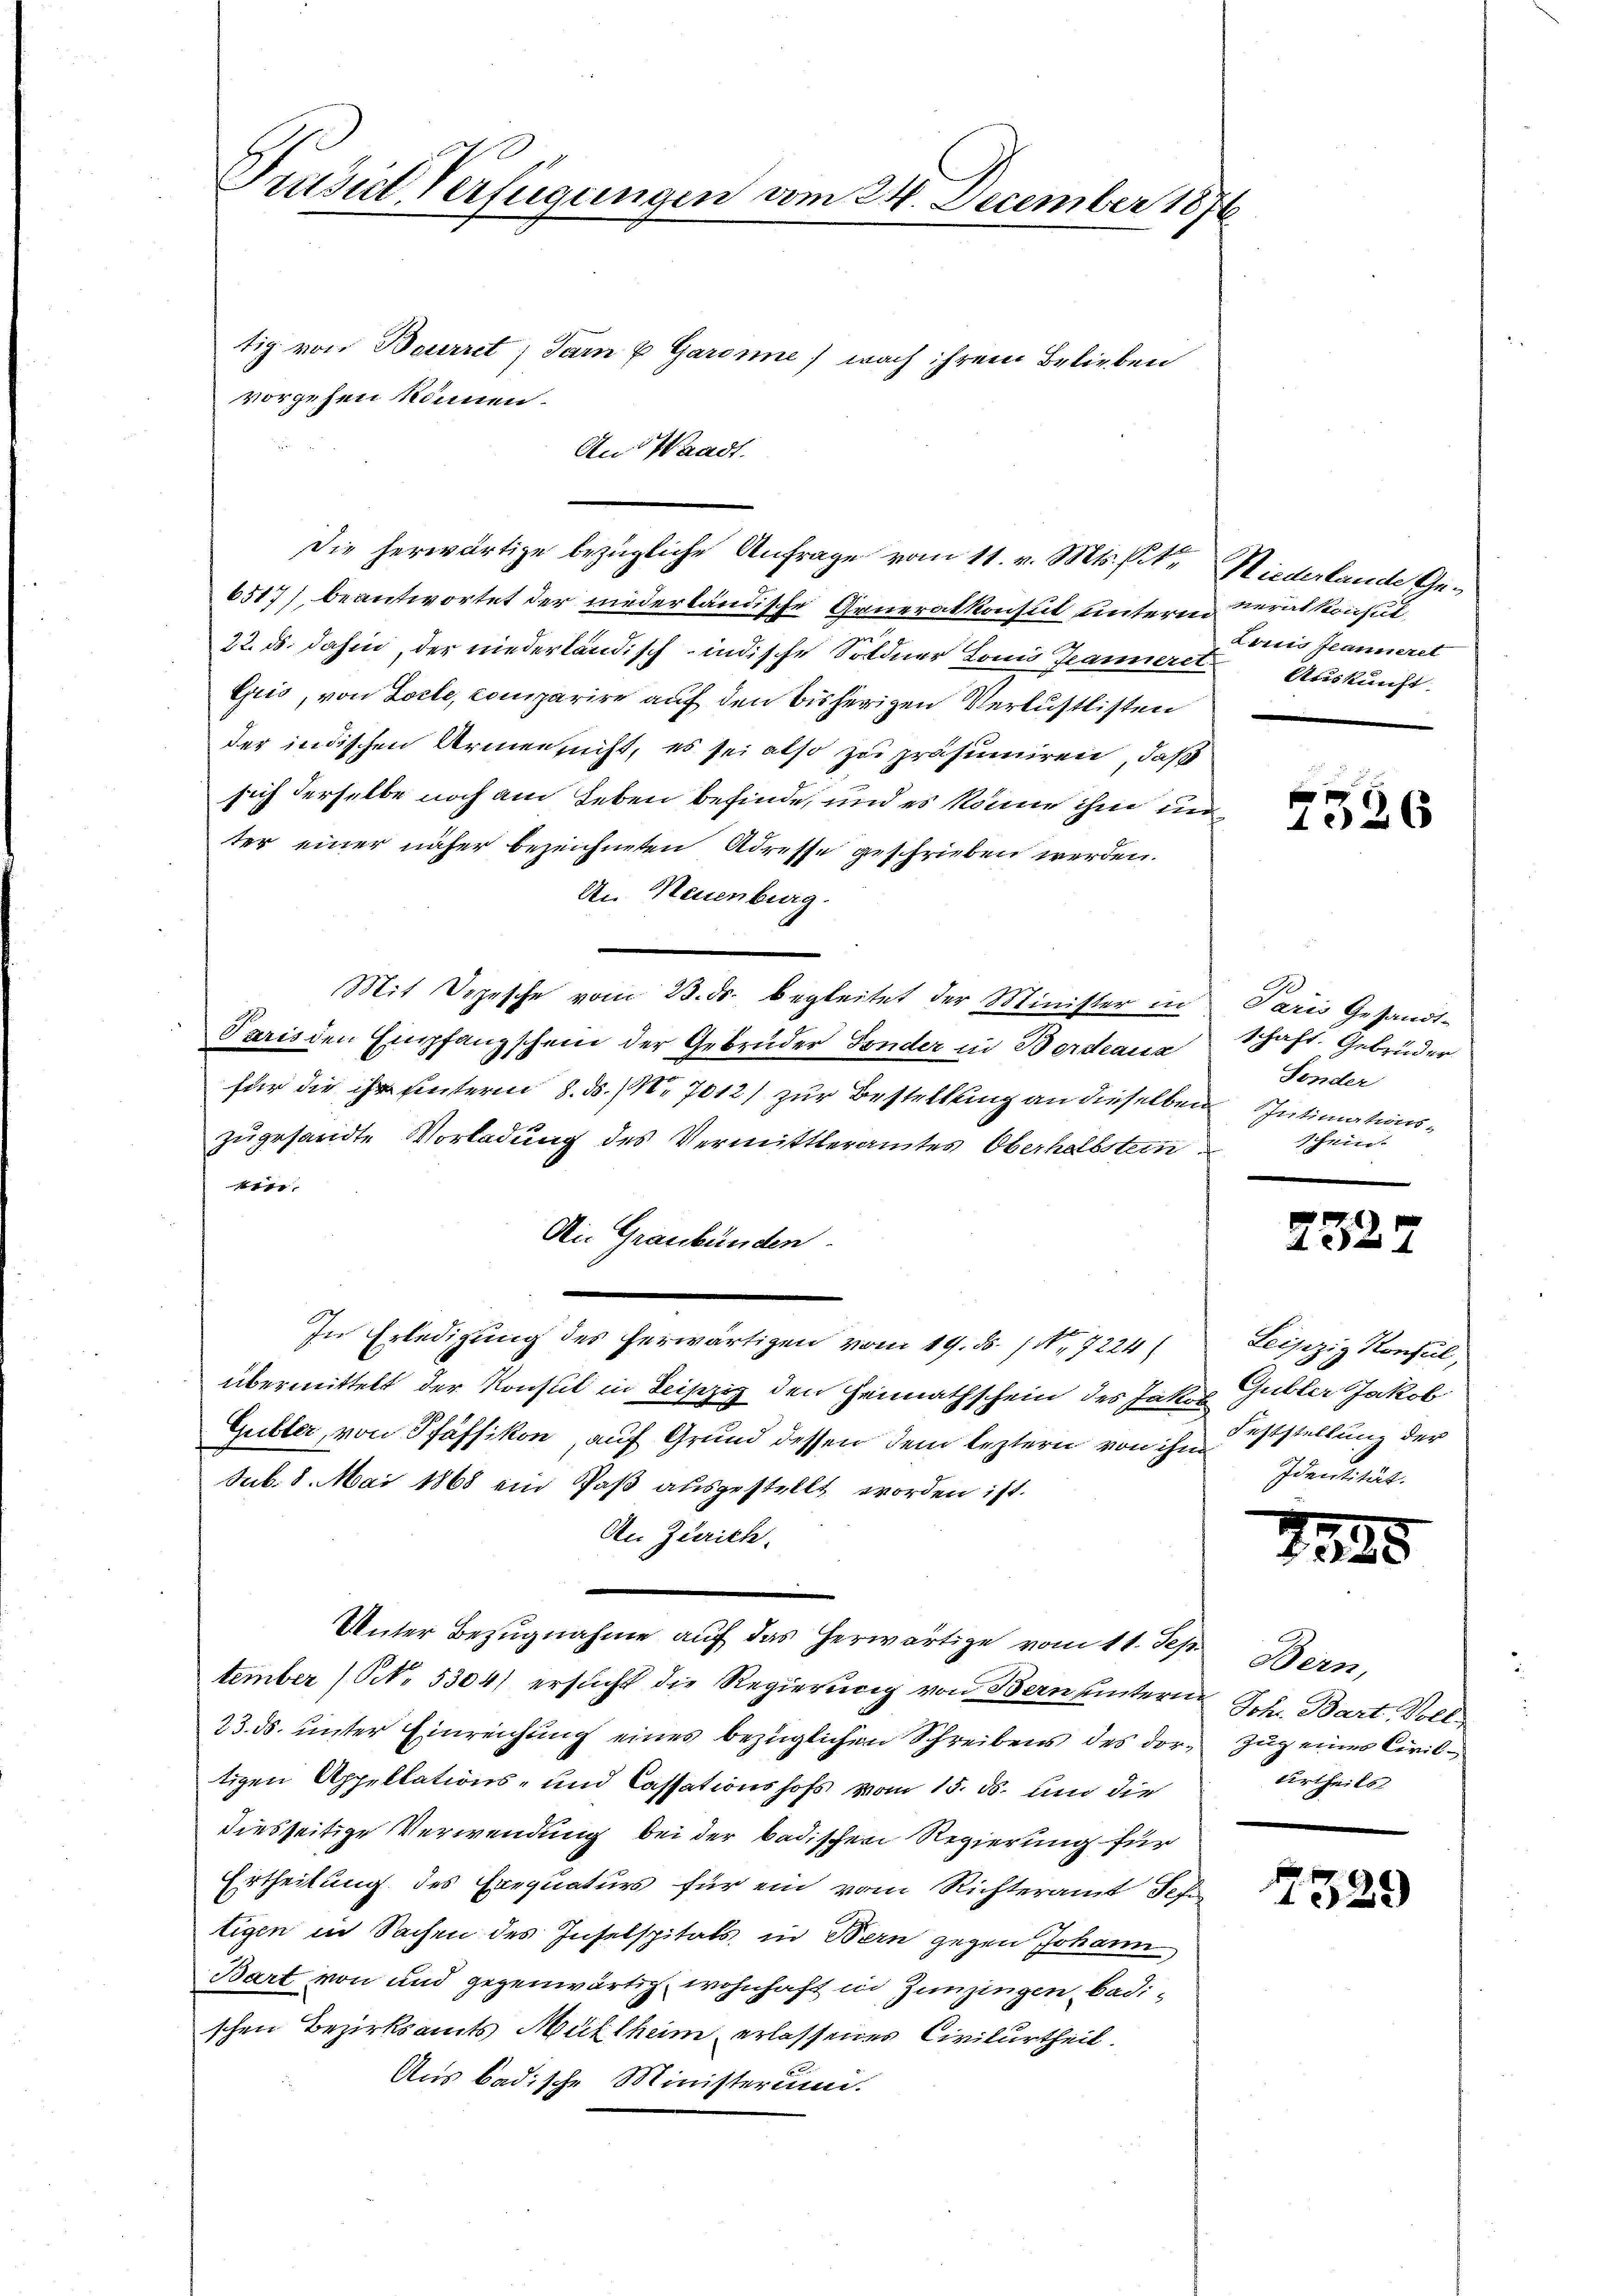
Prusich Verfügungen vom 24. December 1876

vorgehen können.

Die herwärtige bezügliche Anfrage vom 11. v. Mts. sit. Niederlande Ge¬
6517) beantwortet der niederländische Generalkonsul unterm Neralkonsul
22. ds. dahin, der niederländisch-indische Söldner Louis Jeanneret. Auskunft.
Gris, von Locle, comparire auf den bisherigen Verlustlisten
der indischen Armensicht, es sei also zu präsumiren, daß
sich derselbe noch am Leben befinde, und es könne ihm un
ter einer näher bezeichneten Adresse geschrieben werden.
An Neuenburg.
Mit Depesche vom 23. ds. begleitet der Minister in
Paris den Empfanzschein der Gebrüder Sonder in Bordeaua
für die ihr unterm 8. d. 1. 7012) zur Bestellung an dieselben
zugesandte Vorladung des Vermittleramtes Oberhalbstein¬

Die Graubünden.
In Erledigung des herwärtigen vom 19. ds. (N. 7224/
übermittelt der Konsul in Leipzig den Heimathschein des Jakob Gubler Jakob
Gutter, von Pfäffikon, auf Grund dessen dem leztern von ihn iststellung der
Sub. 8. Mai 1868 ein Paß ausgestellt worden ist.
An Zürich.
Unter Bezŭgnahme aŭf das herwärtige vom 11. Sep. Bern,
tember (S. 5304) ersŭcht die Regierung von Bern hinterne Sch. Bart Voll
23. ds. unter Einreichung eines bezüglichen Schreibens des dor-Zug eines Civiltigen Appellations- und Cassationshofs vom 15. ds. und die
diesseitige Verwendung bei der badischen Regierung für
Ertheilung des Erequaturs für ein vom Richteramt Schn
tigen in Sachen des Inselspitals in Bern gegen Johann
Bart von und gegenwärtig, wohnhaft in Zünzingen badischen Bezirksamts Mühlheim erlassenes Civilurtheil.
Aus badische Ministerum.

tig von Bourret; Sarn u Garonne, nach ihrem Belieben
An Waadt.

Loris Jeannerel

g
1026

Ge
Paris Gesandt-
schaft. Gebrüder
Sonder
Intimations-
schein.
s

2327

Leijezig Konsul,
Identität.

23.

urtheils

529